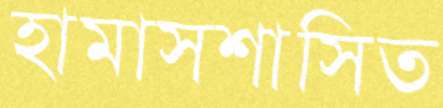
হামাসশাসিত